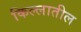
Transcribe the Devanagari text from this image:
किल्लातील